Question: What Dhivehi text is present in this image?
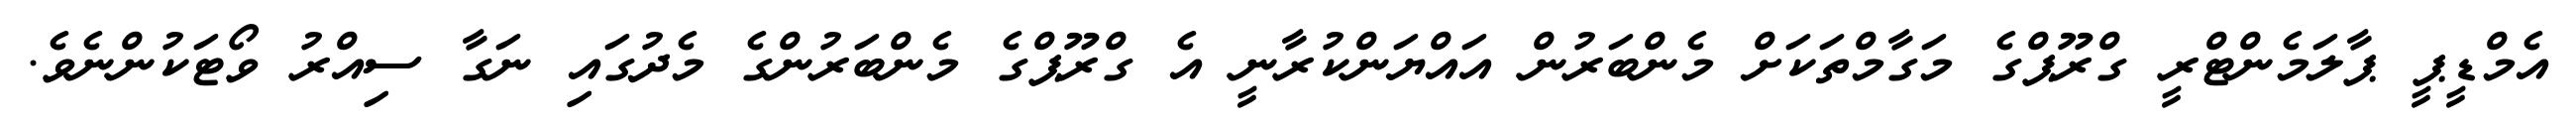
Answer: އެމްޑީޕީ ޕާލަމެންޓްރީ ގްރޫޕްގެ މަގާމްތަކަށް މެންބަރުން އައްޔަންކުރާނީ އެ ގްރޫޕްގެ މެންބަރުންގެ މެދުގައި ނަގާ ސިއްރު ވޯޓަކުންނެވެ.